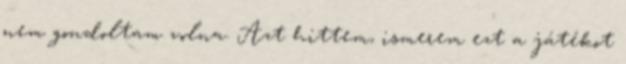
nem gondoltam volna. Azt hittem, ismerem ezt a játékot